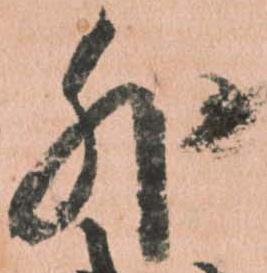
外